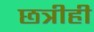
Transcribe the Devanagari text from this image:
छत्रीही